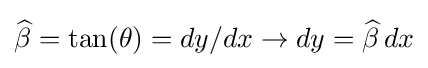
{\widehat {\beta }}=\tan(\theta )=dy/dx\rightarrow dy={\widehat {\beta }}\,dx